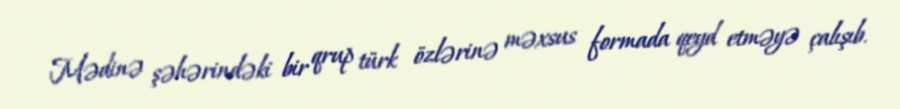
Mədinə şəhərindəki bir qrup türk özlərinə məxsus formada qeyd etməyə çalışıb.